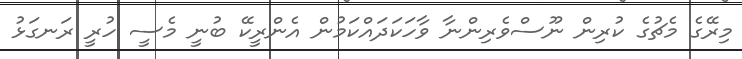
މިރޭގެ މެޗުގެ ކުރިން ނޫސްވެރިންނާ ވާހަކަދައްކަމުން އެންރީކޭ ބުނީ މެސީ ހުރީ ރަނގަޅު